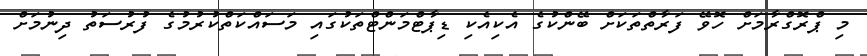
މި ޕްރޮގްރާމަށް ހޮވޭ ފަރާތްތަކަށް ބޭންކުގެ އެކިއެކި ޑިޕާޓްމަންޓްތަކުގައި މަސައްކަތްކުރުމުގެ ފުރުސަތު ދިނުމަށް